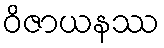
ဝိဇာယနဿ